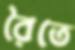
রৈতে